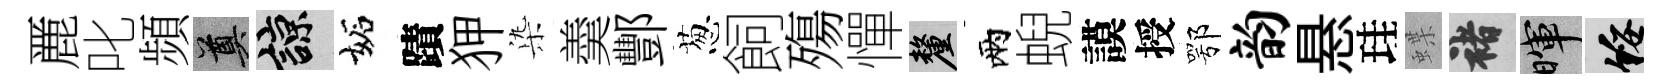
䴡叱頻奠諒妬蹟狎𣑱羮酆葱飼殤憚厘兩蜺謨授鄂韵悬珪蝶褚暉綏